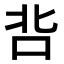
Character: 𭇑